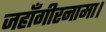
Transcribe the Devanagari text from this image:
जहाँगीरनामा।